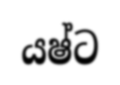
යෂ්ට